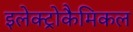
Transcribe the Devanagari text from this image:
इलेक्ट्रोकैमिकल